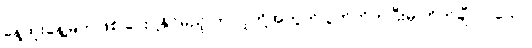
နေ့ထူးနေ့မြတ်ဖြစ် ပေးပို့နိုင်မည့် ဤလူတို့အတွက် ပွတ်တိုက်ပြီးမှ ကိုက်ချီလာသော